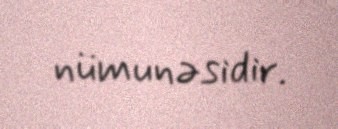
nümunəsidir.